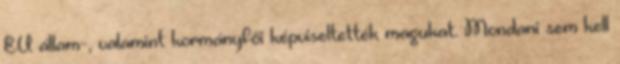
EU állam-, valamint kormányfői képviseltették magukat. Mondani sem kell